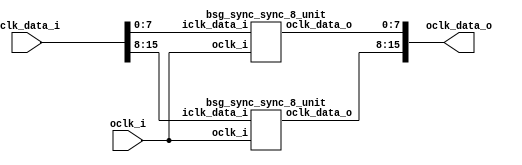
// This program was cloned from: https://github.com/chipsalliance/UHDM-integration-tests
// License: Apache License 2.0

/* Generated by Yosys 0.27+9 (git sha1 101d19bb6, gcc 11.2.0-7ubuntu2 -fPIC -Os) */

(* top =  1  *)

module bsg_sync_sync(oclk_i, iclk_data_i, oclk_data_o);
  
  input [15:0] iclk_data_i;
  wire [15:0] iclk_data_i;
  
  output [15:0] oclk_data_o;
  wire [15:0] oclk_data_o;
  
  input oclk_i;
  wire oclk_i;
  (* module_not_derived = 32'd1 *)
  
  bsg_sync_sync_8_unit \maxb[0].bss8  (
    .iclk_data_i(iclk_data_i[7:0]),
    .oclk_data_o(oclk_data_o[7:0]),
    .oclk_i(oclk_i)
  );
  (* module_not_derived = 32'd1 *)
  
  bsg_sync_sync_8_unit \maxb[1].bss8  (
    .iclk_data_i(iclk_data_i[15:8]),
    .oclk_data_o(oclk_data_o[15:8]),
    .oclk_i(oclk_i)
  );
endmodule


module bsg_sync_sync_8_unit(oclk_i, iclk_data_i, oclk_data_o);
  
  reg [7:0] bsg_SYNC_1_r;
  
  reg [7:0] bsg_SYNC_2_r;
  
  input [7:0] iclk_data_i;
  wire [7:0] iclk_data_i;
  
  output [7:0] oclk_data_o;
  wire [7:0] oclk_data_o;
  
  input oclk_i;
  wire oclk_i;
  (* \always_ff  = 32'd1 *)
  
  always @(posedge oclk_i)
    bsg_SYNC_2_r[0] <= bsg_SYNC_1_r[0];
  (* \always_ff  = 32'd1 *)
  
  always @(posedge oclk_i)
    bsg_SYNC_2_r[1] <= bsg_SYNC_1_r[1];
  (* \always_ff  = 32'd1 *)
  
  always @(posedge oclk_i)
    bsg_SYNC_2_r[2] <= bsg_SYNC_1_r[2];
  (* \always_ff  = 32'd1 *)
  
  always @(posedge oclk_i)
    bsg_SYNC_2_r[3] <= bsg_SYNC_1_r[3];
  (* \always_ff  = 32'd1 *)
  
  always @(posedge oclk_i)
    bsg_SYNC_2_r[4] <= bsg_SYNC_1_r[4];
  (* \always_ff  = 32'd1 *)
  
  always @(posedge oclk_i)
    bsg_SYNC_2_r[5] <= bsg_SYNC_1_r[5];
  (* \always_ff  = 32'd1 *)
  
  always @(posedge oclk_i)
    bsg_SYNC_2_r[6] <= bsg_SYNC_1_r[6];
  (* \always_ff  = 32'd1 *)
  
  always @(posedge oclk_i)
    bsg_SYNC_2_r[7] <= bsg_SYNC_1_r[7];
  (* \always_ff  = 32'd1 *)
  
  always @(posedge oclk_i)
    bsg_SYNC_1_r[0] <= iclk_data_i[0];
  (* \always_ff  = 32'd1 *)
  
  always @(posedge oclk_i)
    bsg_SYNC_1_r[1] <= iclk_data_i[1];
  (* \always_ff  = 32'd1 *)
  
  always @(posedge oclk_i)
    bsg_SYNC_1_r[2] <= iclk_data_i[2];
  (* \always_ff  = 32'd1 *)
  
  always @(posedge oclk_i)
    bsg_SYNC_1_r[3] <= iclk_data_i[3];
  (* \always_ff  = 32'd1 *)
  
  always @(posedge oclk_i)
    bsg_SYNC_1_r[4] <= iclk_data_i[4];
  (* \always_ff  = 32'd1 *)
  
  always @(posedge oclk_i)
    bsg_SYNC_1_r[5] <= iclk_data_i[5];
  (* \always_ff  = 32'd1 *)
  
  always @(posedge oclk_i)
    bsg_SYNC_1_r[6] <= iclk_data_i[6];
  (* \always_ff  = 32'd1 *)
  
  always @(posedge oclk_i)
    bsg_SYNC_1_r[7] <= iclk_data_i[7];
  assign oclk_data_o = bsg_SYNC_2_r;
endmodule